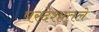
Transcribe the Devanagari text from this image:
परदेशांतले